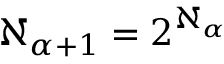
\aleph _ { \alpha + 1 } = 2 ^ { \aleph _ { \alpha } }